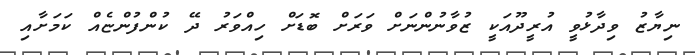
ނިޔާޒު ވިދާޅުވީ އުރީދޫއަކީ ޒުވާނުންނަށް ވަރަށް ބޮޑަށް ހިއްވަރު ދޭ ކުންފުންޏެއް ކަމަށާއި